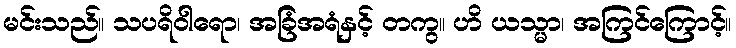
မင်းသည်။ သပရိဝါရော၊ အခြံအရံနှင့် တကွ။ ဟိ ယသ္မာ၊ အကြင်ကြောင့်။